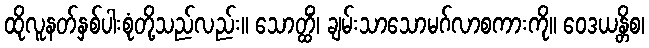
ထိုလူနတ်နှစ်ပါးစုံတို့သည်လည်း။ သောတ္ထိံ၊ ချမ်းသာသောမဂ်လာစကားကို။ ဝေဒယန္တိစ၊